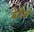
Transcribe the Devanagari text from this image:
बेटौले